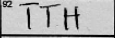
Transcription: TTH